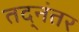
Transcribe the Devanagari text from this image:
तद्‌नंतर